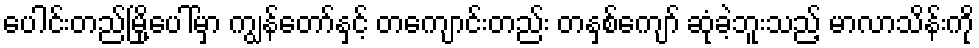
ပေါင်းတည်မြို့ပေါ်မှာ ကျွန်တော်နှင့် တကျောင်းတည်း တနှစ်ကျော် ဆုံခဲ့ဘူးသည့် မာလာသိန်းကို